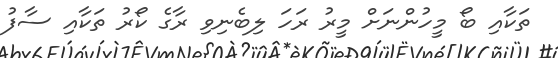
ތަކާއި ބޯ މީހުންނަށް މީރު ރަހަ ލިބެނިވި ރާގެ ކޯރު ތަކާއި ސާފު